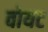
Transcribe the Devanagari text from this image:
वोयट